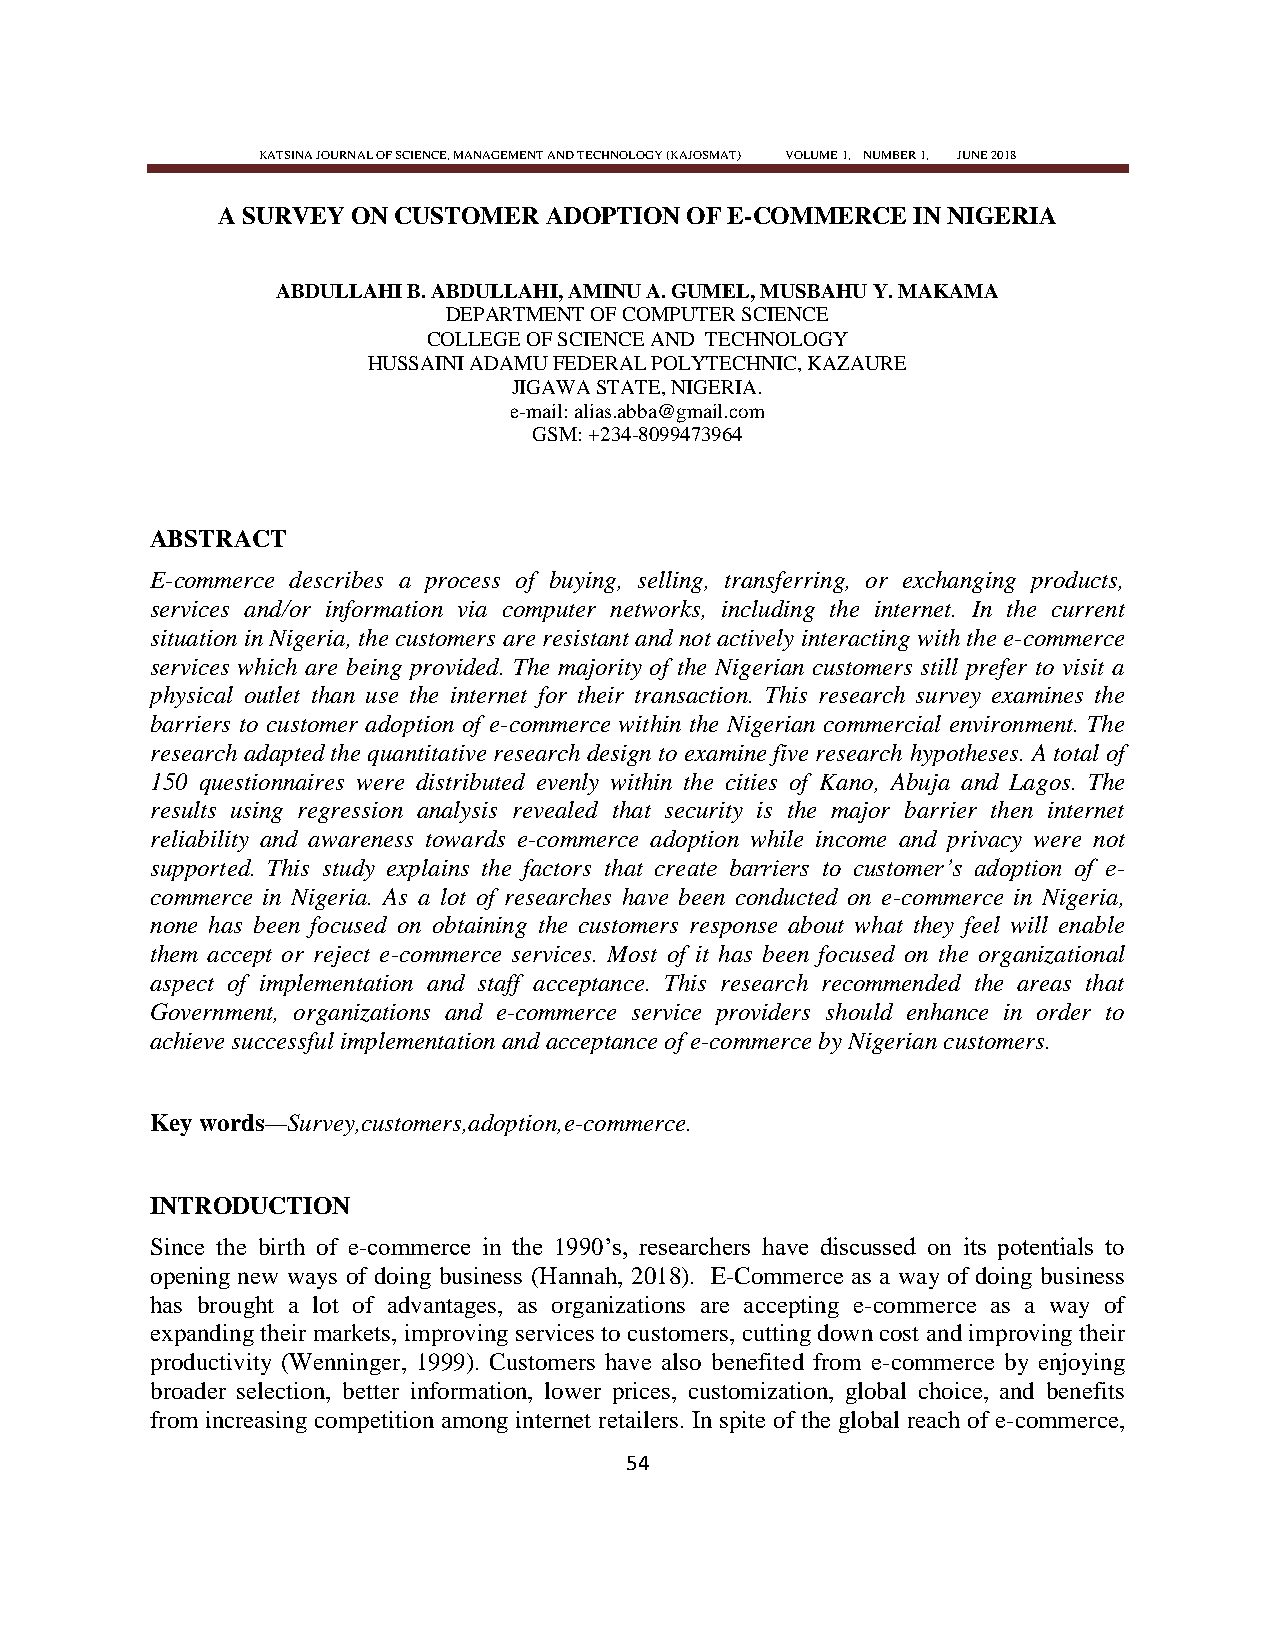
KATSINA JOURNAL OF SCIENCE, MANAGEMENT AND TECHNOLOGY (KAJOSMAT) VOLUME 1, NUMBER 1, JUNE 2018
 A SURVEY ON CUSTOMER  ADOPTION OF E-COMMERCE  IN NIGERIA
 ABDULLAHI B. ABDULLAHI, AMINU A. GUMEL, MUSBAHU Y. MAKAMA
 DEPARTMENT OF COMPUTER SCIENCE
 COLLEGE OF SCIENCE AND TECHNOLOGY
 HUSSAINI ADAMU FEDERAL POLYTECHNIC, KAZAURE
 JIGAWA STATE, NIGERIA.
 e-mail: alias.abba@gmail.com
 GSM: +234-8099473964
 ABSTRACT
 E-commerce describes a process of buying, selling, transferring, or exchanging products,
 services and/or information via computer networks, including the internet. In the current
 situation in Nigeria, the customers are resistant and not actively interacting with the e-commerce
 services which are being provided. The majority of the Nigerian customers still prefer to visit a
 physical outlet than use the internet for their transaction. This research survey examines the
 barriers to customer adoption of e-commerce within the Nigerian commercial environment. The
 research adapted the quantitative research design to examine five research hypotheses. A total of
 150 questionnaires were distributed evenly within the cities of Kano, Abuja and Lagos. The
 results using regression analysis revealed that security is the major barrier then internet
 reliability and awareness towards e-commerce adoption while income and privacy were not
 supported. This study explains the factors that create barriers to customer‘s adoption of e-
 commerce in Nigeria. As a lot of researches have been conducted on e-commerce in Nigeria,
 none has been focused on obtaining the customers response about what they feel will enable
 them accept or reject e-commerce services. Most of it has been focused on the organizational
 aspect of implementation and staff acceptance. This research recommended the areas that
 Government, organizations and e-commerce service providers should enhance in order to
 achieve successful implementation and acceptance of e-commerce by Nigerian customers.
 Key words—Survey,customers,adoption,e-commerce.
 INTRODUCTION
 Since the birth of e-commerce in the 1990‘s, researchers have discussed on its potentials to
 opening new ways of doing business (Hannah, 2018). E-Commerce as a way of doing business
 has brought a lot of advantages, as organizations are accepting e-commerce as a way of
 expanding their markets, improving services to customers, cutting down cost and improving their
 productivity (Wenninger, 1999). Customers have also benefited from e-commerce by enjoying
 broader selection, better information, lower prices, customization, global choice, and benefits
 from increasing competition among internet retailers. In spite of the global reach of e-commerce,
 54